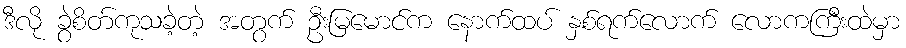
ဒီလို ခွဲစိတ်ကုသခဲ့တဲ့ အတွက် ဦးမြမောင်က နောက်ထပ် နှစ်ရက်လောက် လောကကြီးထဲမှာ